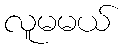
လူမမယ်